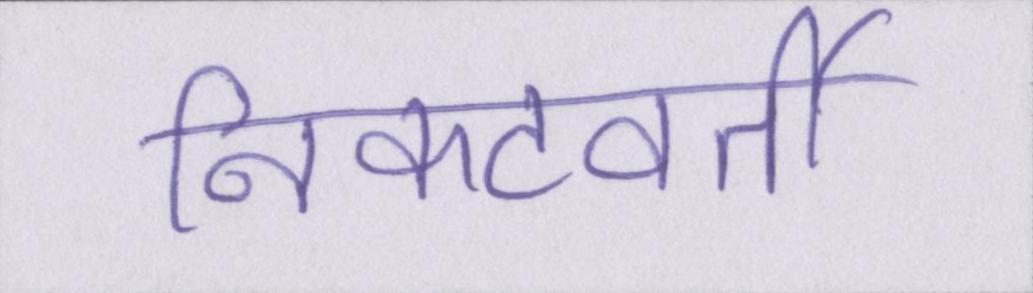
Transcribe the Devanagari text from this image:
निकटवर्ती